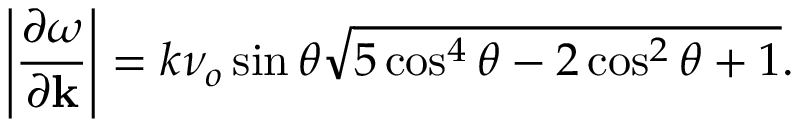
\left| \frac { \partial \omega } { \partial \mathbf { k } } \right| = k \nu _ { o } \sin \theta \sqrt { 5 \cos ^ { 4 } \theta - 2 \cos ^ { 2 } \theta + 1 } .